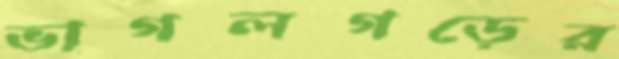
ভাগলগড়ের